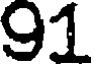
91